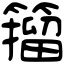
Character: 籀